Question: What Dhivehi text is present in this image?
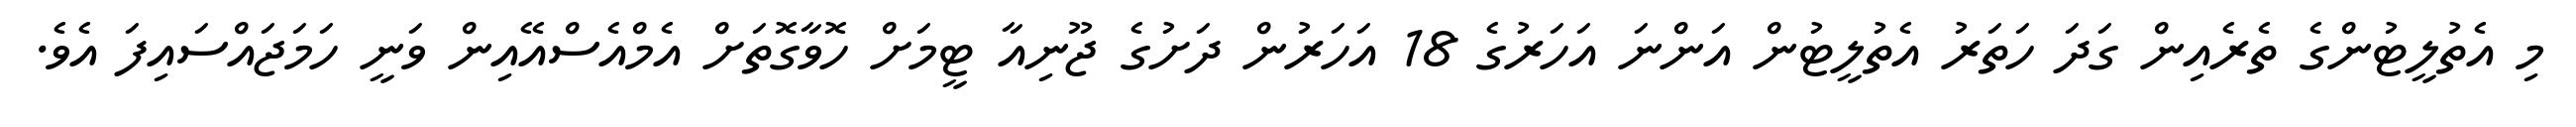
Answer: މި އެތުލީޓުންގެ ތެރެއިން ގަދަ ހަތަރު އެތުލީޓުން އަންނަ އަހަރުގެ 18 އަހަރުން ދަށުގެ ޖޫނިއާ ޓީމަށް ހޮވާގޮތަށް އެމްއެސްއޭއިން ވަނީ ހަމަޖައްސައިފަ އެވެ.